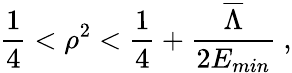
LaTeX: \frac{1}{4}<\rho^{2}<\frac{1}{4}+\frac{\overline{{{\Lambda}}}}{2E_{min}}\ ,